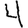
Digit: 4